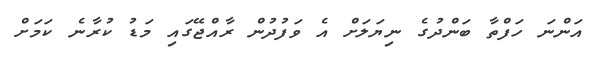
އަންނަ ހަފްތާ ބަންދުގެ ނިޔަލަށް އެ ވަފުދުން ރާއްޖޭގައި މަޑު ކުރާނެ ކަމަށް